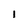
Character: I